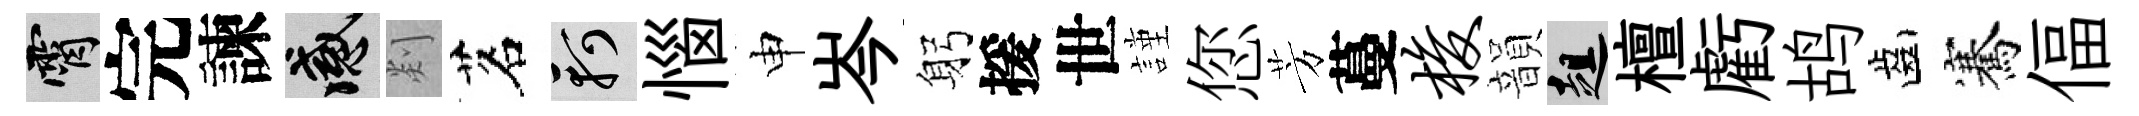
霄完諫感剡茗軻惱申岑躬援世謹您芳蔓梭韻趄檀虧鸪齒騫偪